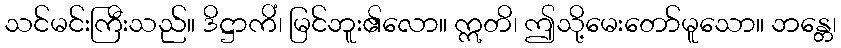
သင်မင်းကြီးသည်။ ဒိဋ္ဌာကိံ၊ မြင်ဘူး၏လော။ ဣတိ၊ ဤသို့မေးတော်မူသော။ ဘန္တေ၊